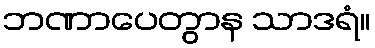
ဘဏာပေတွာန သာဒရံ။